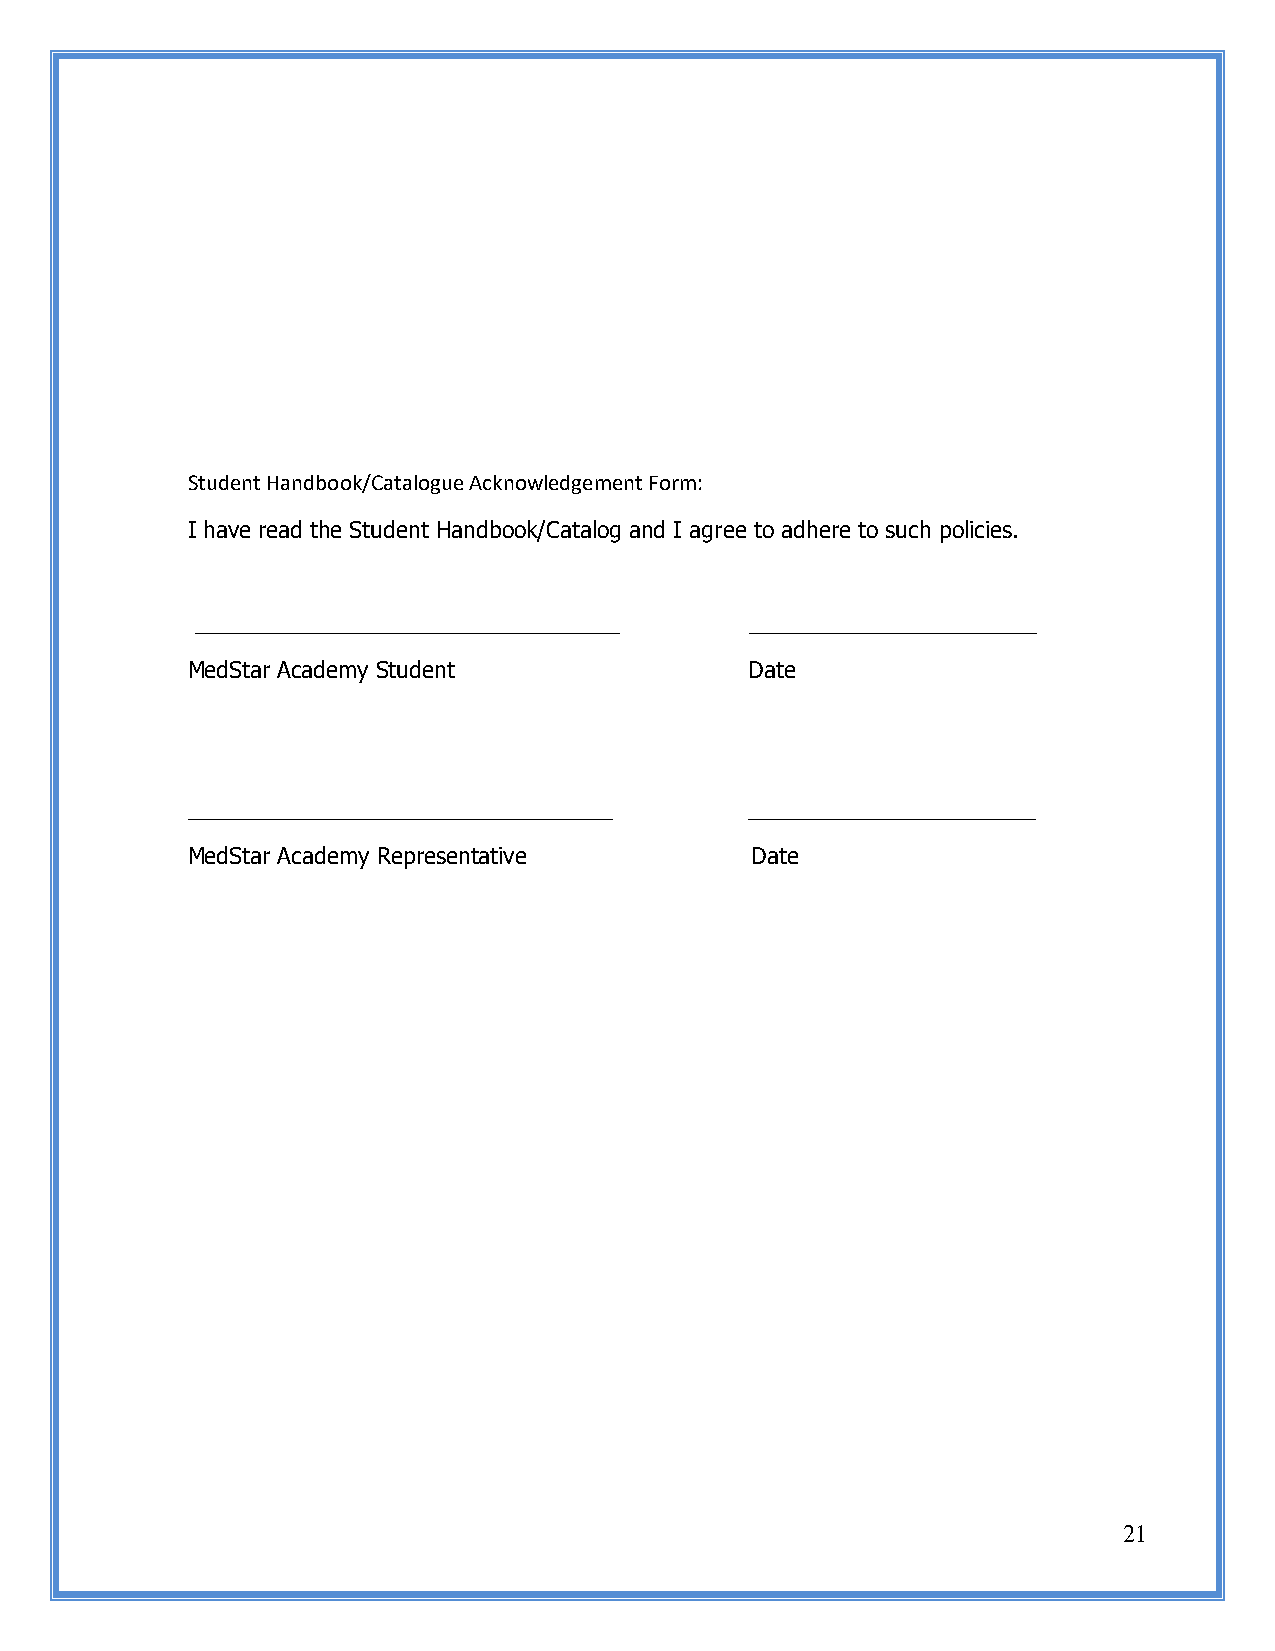
Student Handbook/Catalogue Acknowledgement Form:
 I have read the Student Handbook/Catalog and I agree to adhere to such policies.
 __________________________________   _______________________
 MedStar Academy Student               Date
 __________________________________    _______________________
 MedStar Academy Representative        Date
 21